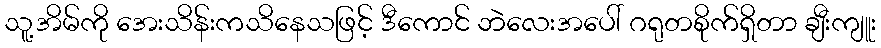
သူ့အိမ်ကို အေးသိန်းကသိနေသဖြင့် ဒီကောင် ဘဲလေးအပေါ် ဂရုတစိုက်ရှိတာ ချီးကျူး